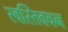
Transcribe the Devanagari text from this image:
स्वस्तिवचन